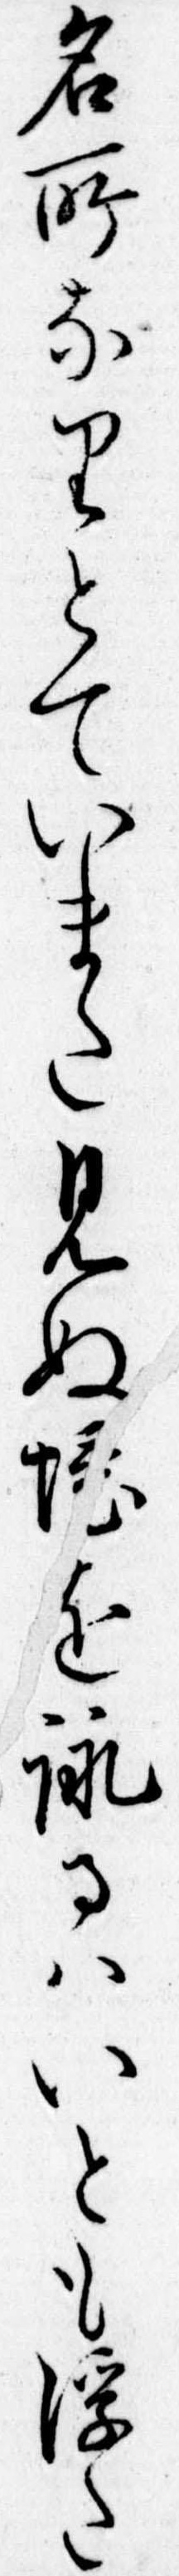
名所なりとていまた見ぬ境を詠るはいとも浮た